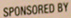
SPONSORED BY